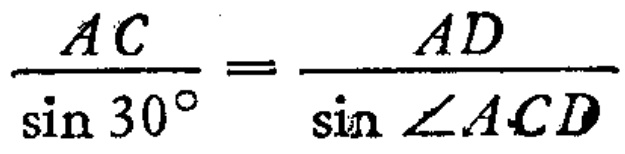
\(\frac{AC}{\sin 30^{\circ}}=\frac{AD}{\sin\angle ACD}\)